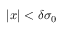
| x | < \delta \sigma _ { 0 }